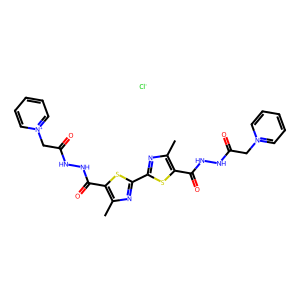
SMILES: Cc1nc(-c2nc(C)c(C(=O)NNC(=O)C[n+]3ccccc3)s2)sc1C(=O)NNC(=O)C[n+]1ccccc1.[Cl-]
Inhibits HIV replication: No